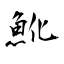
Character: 魤